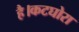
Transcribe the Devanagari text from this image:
है।कटघोरा